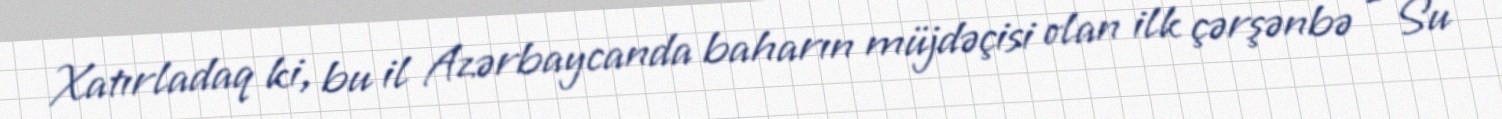
Xatırladaq ki, bu il Azərbaycanda baharın müjdəçisi olan ilk çərşənbə - Su